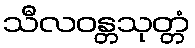
သီလဝန္တသုတ္တံ